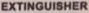
EXTINGUISHER